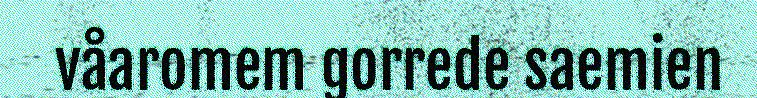
våaromem gorrede saemien